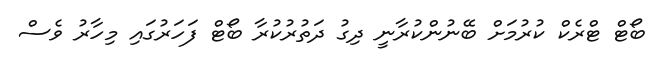
ބޯޓް ޓްރެކް ކުރުމަށް ބޭނުންކުރާނީ ދިގު ދަތުރުކުރާ ބޯޓް ފަހަރުގައި މިހާރު ވެސް